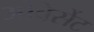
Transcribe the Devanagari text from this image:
ओवेर्सेट